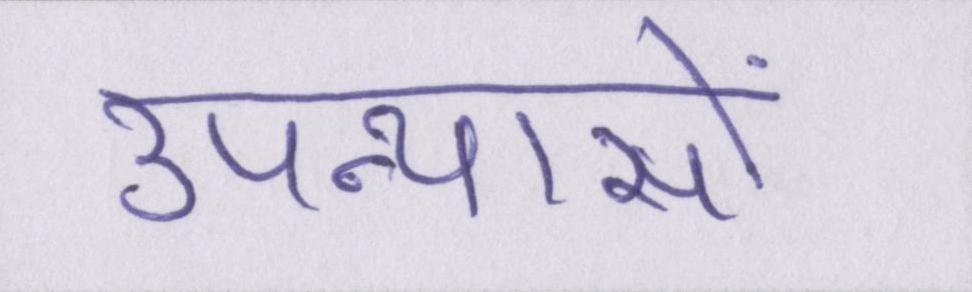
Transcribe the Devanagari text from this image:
उपन्यासों